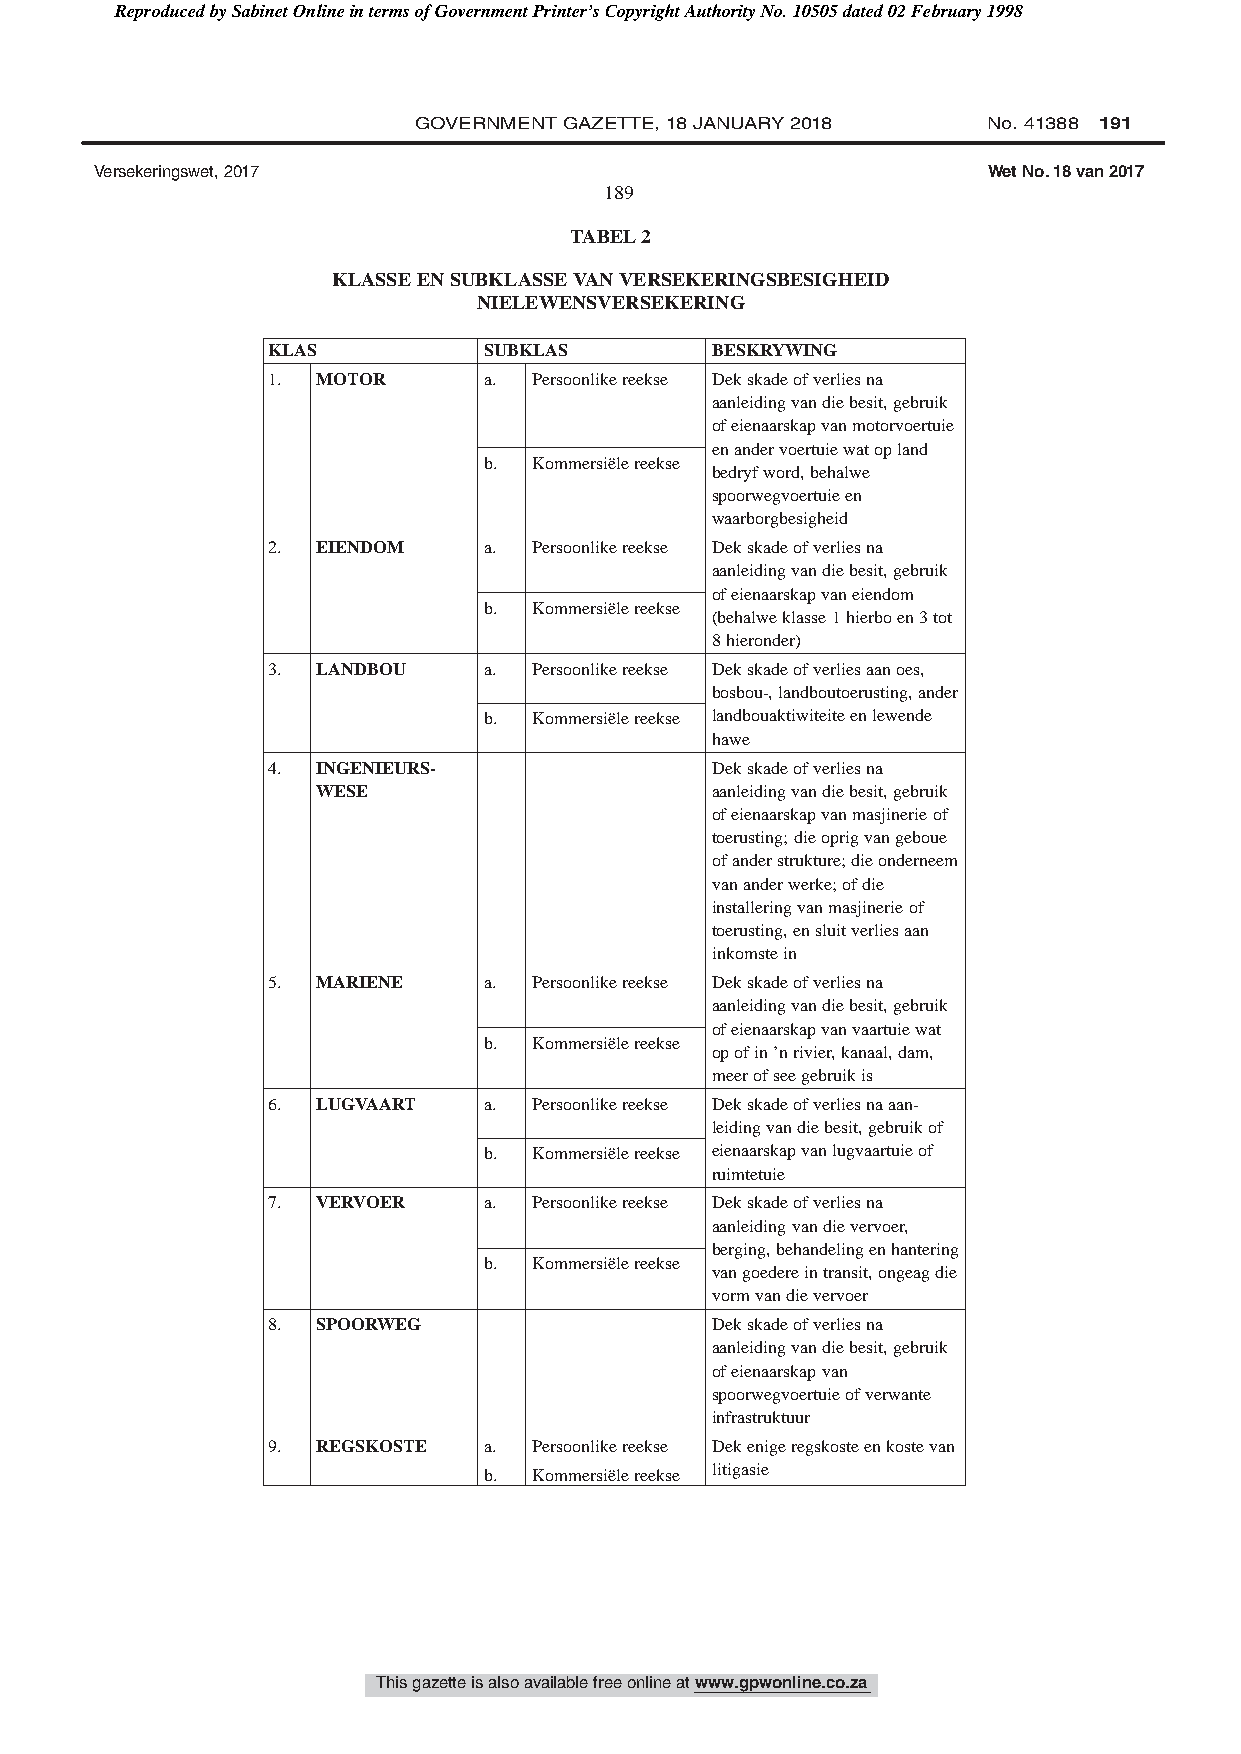
Reproduced by Sabinet Online in terms of Government Printer’s Copyright Authority No. 10505 dated 02 February 1998
 GOVERNMENT GAZETTE, 18 JANUARY 2018   No. 41388 191
 Versekeringswet, 2017                                      Wet No. 18 van 2017
 189
 TABEL2
 KLASSEENSUBKLASSEVANVERSEKERINGSBESIGHEID
 NIELEWENSVERSEKERING
 KLAS          SUBKLAS        BESKRYWING
 1. MOTOR      a. Persoonlikereekse Dekskadeofverliesna
 aanleidingvandiebesit,gebruik
 ofeienaarskapvanmotorvoertuie
 enandervoertuiewatopland
 b. Kommersiëlereekse
 bedryfword,behalwe
 spoorwegvoertuieen
 waarborgbesigheid
 2. EIENDOM    a. Persoonlikereekse Dekskadeofverliesna
 aanleidingvandiebesit,gebruik
 ofeienaarskapvaneiendom
 b. Kommersiëlereekse
 (behalweklasse1hierboen3tot
 8hieronder)
 3. LANDBOU    a. Persoonlikereekse Dekskadeofverliesaanoes,
 bosbou-,landboutoerusting,ander
 b. Kommersiëlereekse landbouaktiwiteiteenlewende
 hawe
 4. INGENIEURS-               Dekskadeofverliesna
 WESE                      aanleidingvandiebesit,gebruik
 ofeienaarskapvanmasjinerieof
 toerusting;dieoprigvangeboue
 ofanderstrukture;dieonderneem
 vananderwerke;ofdie
 installeringvanmasjinerieof
 toerusting,ensluitverliesaan
 inkomstein
 5. MARIENE    a. Persoonlikereekse Dekskadeofverliesna
 aanleidingvandiebesit,gebruik
 ofeienaarskapvanvaartuiewat
 b. Kommersiëlereekse
 opofin’nrivier,kanaal,dam,
 meerofseegebruikis
 6. LUGVAART   a. Persoonlikereekse Dekskadeofverliesnaaan-
 leidingvandiebesit,gebruikof
 b. Kommersiëlereekse eienaarskapvanlugvaartuieof
 ruimtetuie
 7. VERVOER    a. Persoonlikereekse Dekskadeofverliesna
 aanleidingvandievervoer,
 berging,behandelingenhantering
 b. Kommersiëlereekse
 vangoedereintransit,ongeagdie
 vormvandievervoer
 8. SPOORWEG                  Dekskadeofverliesna
 aanleidingvandiebesit,gebruik
 ofeienaarskapvan
 spoorwegvoertuieofverwante
 infrastruktuur
 9. REGSKOSTE  a. Persoonlikereekse Dekenigeregskosteenkostevan
 b. Kommersiëlereekse litigasie
 This gazette is also available free online at www.gpwonline.co.za